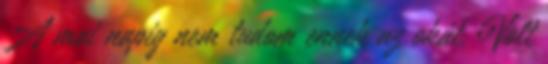
A mai napig nem tudom ennek az okát. Volt